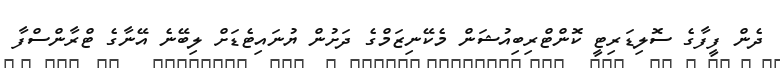
ދެން ފީފާގެ ސޮލިޑަރިޓީ ކޮންޓްރިބިއުޝަން މެކޭނިޒަމްގެ ދަށުން ޔުނައިޓެޑަށް ލިބޭނެ އޭނާގެ ޓްރާންސްފާ